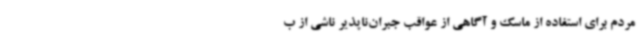
مردم برای استفاده از ماسک و آگاهی از عواقب جبران‌ناپذیر ناشی از ب